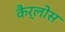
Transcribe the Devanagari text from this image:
कैर्लोस